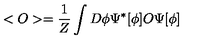
< O > = \frac { 1 } { Z } \int D \phi \Psi ^ { * } [ \phi ] O \Psi [ \phi ]